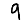
Digit: 9